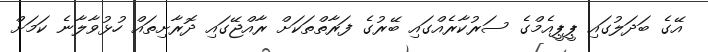
އޭގެ ބަދަލުގައި ޕީޕީއެމްގެ ސަރުކާރެއްގައި ބޭރުގެ ފަރާތްތަކަށް ރާއްޖޭގައި ދޮރާށިތައް ހުޅުވާލާނެ ކަމަށް